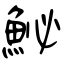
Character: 鮅